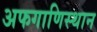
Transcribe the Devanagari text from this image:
अफगाणिस्थान